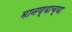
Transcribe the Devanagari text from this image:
मानण्याच्या